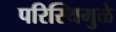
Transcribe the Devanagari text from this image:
परिस्थिमुळे